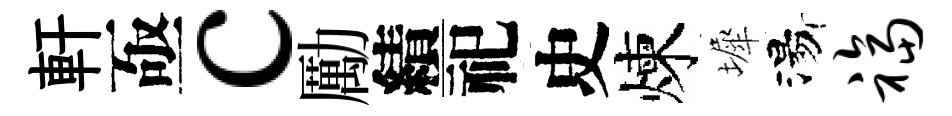
軒亟c勵績祀史煉墀湯福